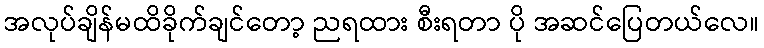
အလုပ်ချိန်မထိခိုက်ချင်တော့ ညရထား စီးရတာ ပို အဆင်ပြေတယ်လေ။